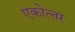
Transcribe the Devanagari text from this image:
एकोत्‍तर